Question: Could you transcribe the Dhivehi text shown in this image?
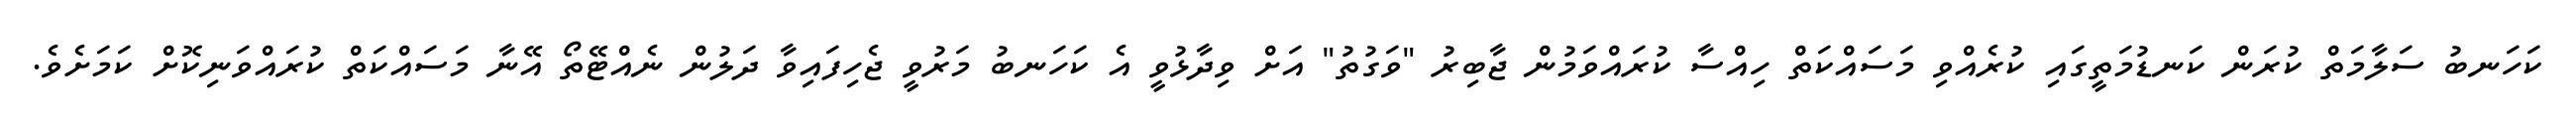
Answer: ކަހަނބު ސަލާމަތް ކުރަން ކަނޑުމަތީގައި ކުރެއްވި މަސައްކަތް ހިއްސާ ކުރައްވަމުން ޖާބިރު "ވަގުތު" އަށް ވިދާޅުވީ އެ ކަހަނބު މަރުވީ ޖެހިފައިވާ ދަލުން ނެއްޓޭތޯ އޭނާ މަސައްކަތް ކުރައްވަނިކޮށް ކަމަށެވެ.